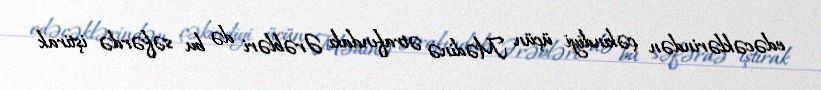
edəcəklərindən çəkindiyi üçün Mədinə ətrafındakı Ərəbləri də bu səfərdə iştirak